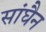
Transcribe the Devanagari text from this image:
सांघैन